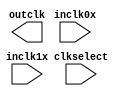
// megafunction wizard: %ALTCLKCTRL%VBB%
// GENERATION: STANDARD
// VERSION: WM1.0
// MODULE: altclkctrl 

// ============================================================
// Megafunction Name(s):
// 			altclkctrl
//
// Simulation Library Files(s):
// 			cycloneiii
// ============================================================
// ************************************************************
// THIS IS A WIZARD-GENERATED FILE. DO NOT EDIT THIS FILE!
//
// 13.1.4 Build 182 03/12/2014 SJ Web Edition
// ************************************************************

//Copyright (C) 1991-2014 Altera Corporation
//Your use of Altera Corporation's design tools, logic functions 
//and other software and tools, and its AMPP partner logic 
//functions, and any output files from any of the foregoing 
//(including device programming or simulation files), and any 
//associated documentation or information are expressly subject 
//to the terms and conditions of the Altera Program License 
//Subscription Agreement, Altera MegaCore Function License 
//Agreement, or other applicable license agreement, including, 
//without limitation, that your use is for the sole purpose of 
//programming logic devices manufactured by Altera and sold by 
//Altera or its authorized distributors.  Please refer to the 
//applicable agreement for further details.

module mist_display_clk_mux (
	clkselect,
	inclk0x,
	inclk1x,
	outclk)/* synthesis synthesis_clearbox = 1 */;

	input	  clkselect;
	input	  inclk0x;
	input	  inclk1x;
	output	  outclk;
`ifndef ALTERA_RESERVED_QIS
// synopsys translate_off
`endif
	tri0	  clkselect;
`ifndef ALTERA_RESERVED_QIS
// synopsys translate_on
`endif

endmodule

// ============================================================
// CNX file retrieval info
// ============================================================
// Retrieval info: PRIVATE: INTENDED_DEVICE_FAMILY STRING "Cyclone III"
// Retrieval info: PRIVATE: SYNTH_WRAPPER_GEN_POSTFIX STRING "0"
// Retrieval info: PRIVATE: clock_inputs NUMERIC "2"
// Retrieval info: CONSTANT: ENA_REGISTER_MODE STRING "falling edge"
// Retrieval info: CONSTANT: INTENDED_DEVICE_FAMILY STRING "Cyclone III"
// Retrieval info: CONSTANT: USE_GLITCH_FREE_SWITCH_OVER_IMPLEMENTATION STRING "OFF"
// Retrieval info: CONSTANT: clock_type STRING "Global Clock"
// Retrieval info: USED_PORT: clkselect 0 0 0 0 INPUT GND "clkselect"
// Retrieval info: USED_PORT: inclk0x 0 0 0 0 INPUT NODEFVAL "inclk0x"
// Retrieval info: USED_PORT: inclk1x 0 0 0 0 INPUT NODEFVAL "inclk1x"
// Retrieval info: USED_PORT: outclk 0 0 0 0 OUTPUT NODEFVAL "outclk"
// Retrieval info: CONNECT: @clkselect 0 0 1 1 GND 0 0 0 0
// Retrieval info: CONNECT: @clkselect 0 0 1 0 clkselect 0 0 0 0
// Retrieval info: CONNECT: @ena 0 0 0 0 VCC 0 0 0 0
// Retrieval info: CONNECT: @inclk 0 0 2 2 GND 0 0 2 0
// Retrieval info: CONNECT: @inclk 0 0 1 0 inclk0x 0 0 0 0
// Retrieval info: CONNECT: @inclk 0 0 1 1 inclk1x 0 0 0 0
// Retrieval info: CONNECT: outclk 0 0 0 0 @outclk 0 0 0 0
// Retrieval info: GEN_FILE: TYPE_NORMAL mist_display_clk_mux.v TRUE
// Retrieval info: GEN_FILE: TYPE_NORMAL mist_display_clk_mux.inc FALSE
// Retrieval info: GEN_FILE: TYPE_NORMAL mist_display_clk_mux.cmp FALSE
// Retrieval info: GEN_FILE: TYPE_NORMAL mist_display_clk_mux.bsf FALSE
// Retrieval info: GEN_FILE: TYPE_NORMAL mist_display_clk_mux_inst.v TRUE
// Retrieval info: GEN_FILE: TYPE_NORMAL mist_display_clk_mux_bb.v TRUE
// Retrieval info: LIB_FILE: cycloneiii